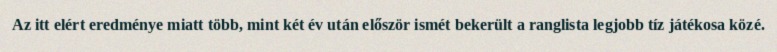
Az itt elért eredménye miatt több, mint két év után először ismét bekerült a ranglista legjobb tíz játékosa közé.